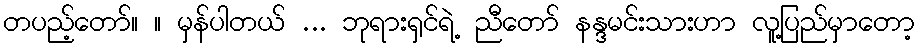
တပည့်တော်။ ။ မှန်ပါတယ် ... ဘုရားရှင်ရဲ့ ညီတော် နန္ဒမင်းသားဟာ လူ့ပြည်မှာတော့